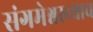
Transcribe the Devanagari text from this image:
संगमेश्वरच्याच